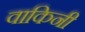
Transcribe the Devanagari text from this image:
वाकिनी